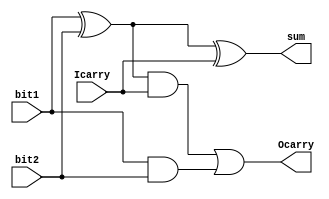
module ex1
  (
   bit1,
   bit2,
   Icarry,
   sum,
   Ocarry
   );
 
  input  bit1;
  input  bit2;
  input  Icarry;
  output sum;
  output Ocarry;
 
  wire   W1;
  wire   W2;
  wire   W3;
       
  assign W1 = bit1 ^ bit2;
  assign W2 = W1 & Icarry;
  assign W3 = bit1 & bit2;
 
  assign sum   = W1 ^ Icarry;
  assign Ocarry = W2 | W3;
   
endmodule